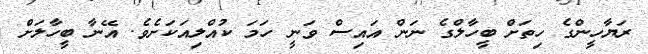
ރަޔާހީންގެ ހިތަށް ބީހާލްގެ ނަން އައިސް ވަނީ ހަމަ ކުއްލިއަކަށެވެ. އޭނާ ބީހާލަށް